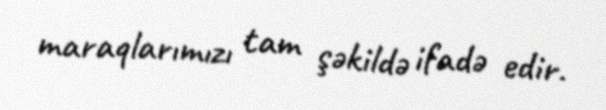
maraqlarımızı tam şəkildə ifadə edir.